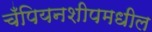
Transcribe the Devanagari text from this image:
चँपियनशीपमधील